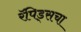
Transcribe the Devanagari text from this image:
रॅपिड्सचा